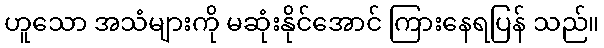
ဟူသော အသံများကို မဆုံးနိုင်အောင် ကြားနေရပြန် သည်။